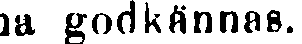
na godkännas.